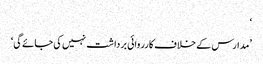
‘
’مدارس کے خلاف کارروائی برداشت نہیں کی جائے گی‘